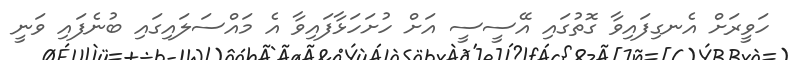
ހަވީރަށް އެނގިފައިވާ ގޮތުގައި އޭސީސީ އަށް ހުށަހަޅާފައިވާ އެ މައްސަލައިގައި ބުނެފައި ވަނީ